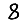
Digit: 8